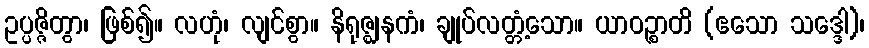
ဥပ္ပဇ္ဇိတွာ၊ ဖြစ်၍။ လဟုံ၊ လျင်စွာ။ နိရုဇ္ဈနကံ၊ ချုပ်လတ္တံ့သော။ ယာဝဉ္စာတိ (ဧသော သဒ္ဒေါ)၊